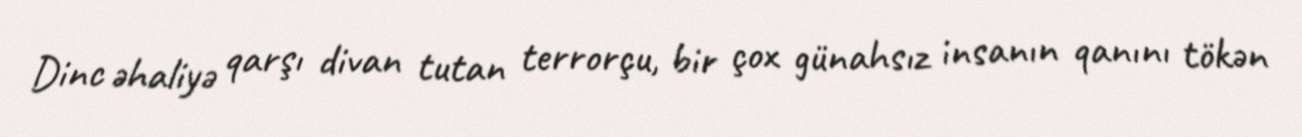
Dinc əhaliyə qarşı divan tutan terrorçu, bir çox günahsız insanın qanını tökən